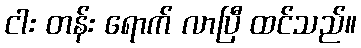
ငါး တန်း ရောက် လာပြီ ထင်သည်။